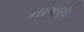
નાગણી